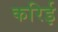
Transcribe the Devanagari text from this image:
करिई